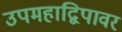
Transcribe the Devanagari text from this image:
उपमहाद्विपावर